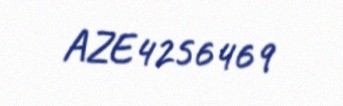
AZE4256469